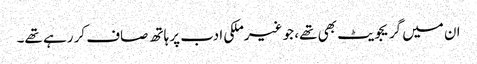
ان میں گریجویٹ بھی تھے، جو غیرملکی ادب پر ہاتھ صاف کر رہے تھے۔